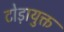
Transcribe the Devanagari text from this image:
टोड़ायुक्त